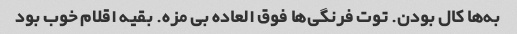
به‌ها کال بودن. توت فرنگی‌ها فوق العاده بی مزه. بقیه اقلام خوب بود